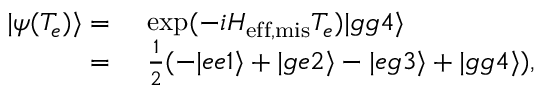
\begin{array} { r l } { | \psi ( T _ { e } ) \rangle = } & { { } ~ \mathrm { e x p } ( - i H _ { \mathrm { e f f , m i s } } T _ { e } ) | g g 4 \rangle } \\ { = } & { { } ~ \frac { 1 } { 2 } ( - | e e 1 \rangle + | g e 2 \rangle - | e g 3 \rangle + | g g 4 \rangle ) , } \end{array}